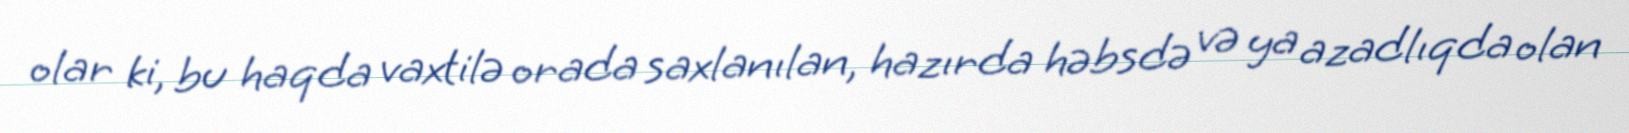
olar ki, bu haqda vaxtilə orada saxlanılan, hazırda həbsdə və ya azadlıqda olan